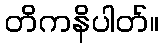
တိကနိပါတ်။